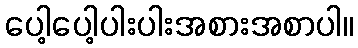
ပေါ့ပေါ့ပါးပါးအစားအစာပါ။